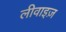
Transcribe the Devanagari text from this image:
लीवाइज़